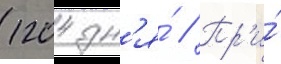
1204 дн'я́ // Пр'и́